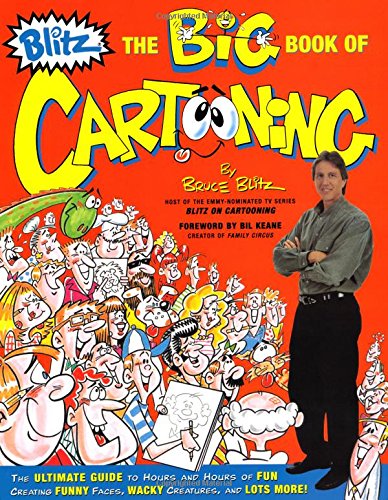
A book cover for Big Book of Cartooning; Bruce Blitz; Teen & Young Adult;